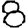
Digit: 8